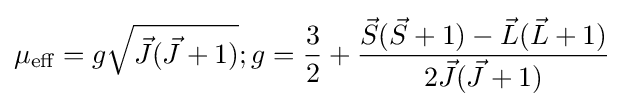
\mu _{\text{eff}}=g{\sqrt {{\vec {J}}({\vec {J}}+1)}};g={3 \over 2}+{\frac {{\vec {S}}({\vec {S}}+1)-{\vec {L}}({\vec {L}}+1)}{2{\vec {J}}({\vec {J}}+1)}}